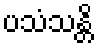
ပသံသန္တိ